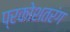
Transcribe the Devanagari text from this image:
प्रकोशतरंग